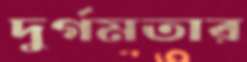
দুর্গমতার